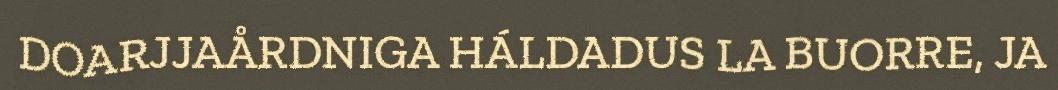
DOARJJAÅRDNIGA HÁLDADUS LA BUORRE, JA